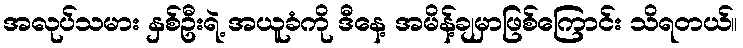
အလုပ်သမား နှစ်ဦးရဲ့ အယူခံကို ဒီနေ့ အမိန့်ချမှာဖြစ်ကြောင်း သိရတယ်။